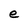
Character: e